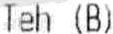
TEH (B)